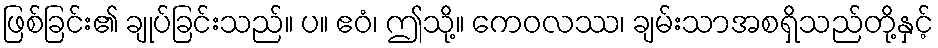
ဖြစ်ခြင်း၏ ချုပ်ခြင်းသည်။ ပ။ ဧဝံ၊ ဤသို့။ ကေဝလဿ၊ ချမ်းသာအစရှိသည်တို့နှင့်